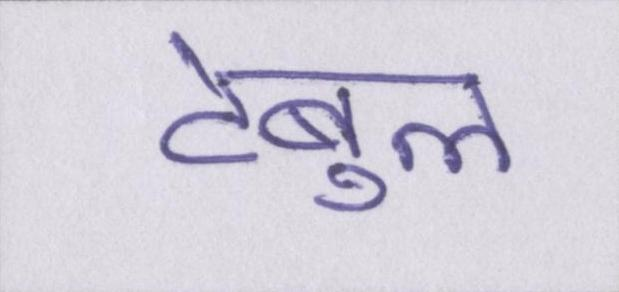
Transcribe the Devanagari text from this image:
टेबुल